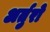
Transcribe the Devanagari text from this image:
अर्तुरो